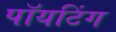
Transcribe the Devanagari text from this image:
पॉयटिंग